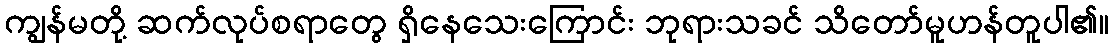
ကျွန်မတို့ ဆက်လုပ်စရာတွေ ရှိနေသေးကြောင်း ဘုရားသခင် သိတော်မူဟန်တူပါ၏။